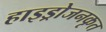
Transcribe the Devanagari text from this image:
हाइड्रोजनकृत